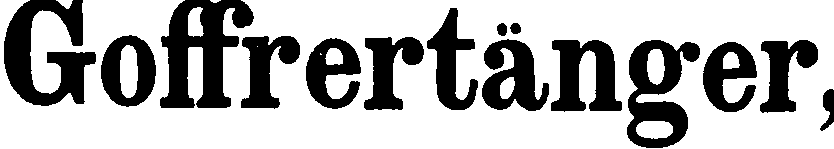
Goffrertänger,